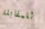
للمقابلة